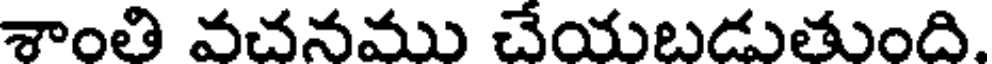
శాంతి వచనము చేయబడుతుంది.